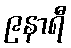
၉နာရီ